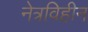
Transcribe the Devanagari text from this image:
नेत्रविहीन